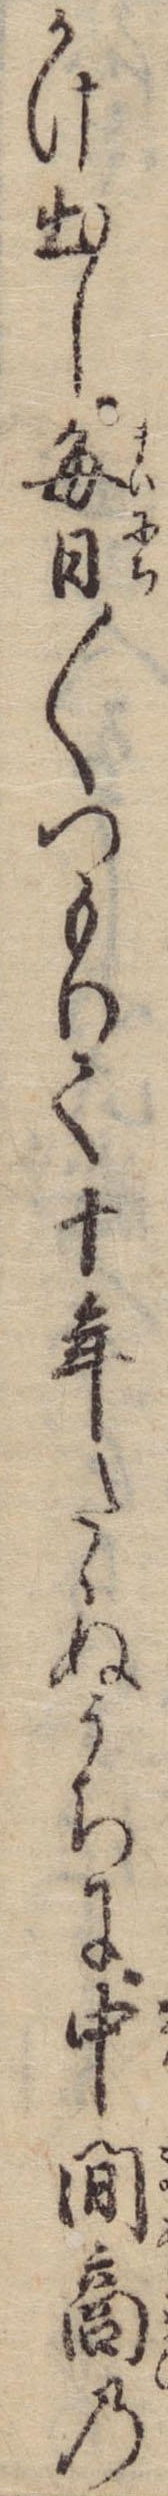
かけ出し毎日〱つもりて十年たゝぬうちに中間商の